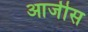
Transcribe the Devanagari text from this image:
आजीस